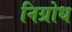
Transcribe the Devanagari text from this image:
निग्रोध